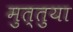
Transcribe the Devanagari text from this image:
मुत्तुया